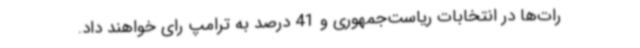
رات‌ها در انتخابات ریاست‌جمهوری و 41 درصد به ترامپ رای خواهند داد.